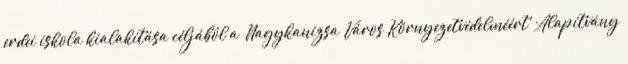
erdei iskola kialakítása céljából a “Nagykanizsa Város Környezetvédelméért” Alapítvány